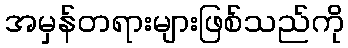
အမှန်တရားများဖြစ်သည်ကို